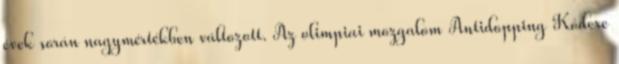
évek során nagymértékben változott. Az olimpiai mozgalom Antidopping Kódexe